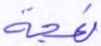
نعجة